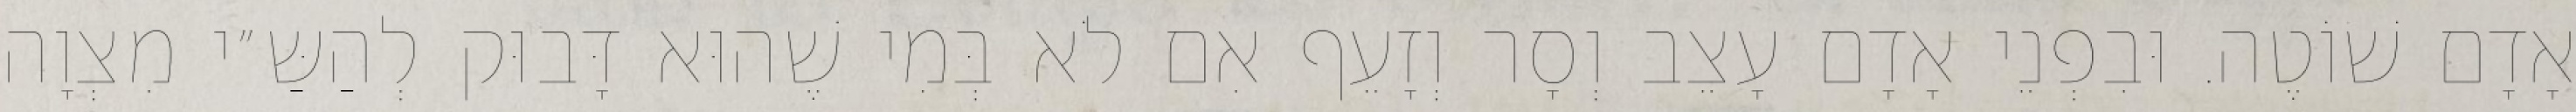
אָדָם שׁוֹטֶה. וּבִפְנֵי אָדָם עָצֵב וְסָר וְזָעֵף אִם לֹא בְּמִי שֶׁהוּא דָּבוּק לְהַשַּ״י מִצְוָה